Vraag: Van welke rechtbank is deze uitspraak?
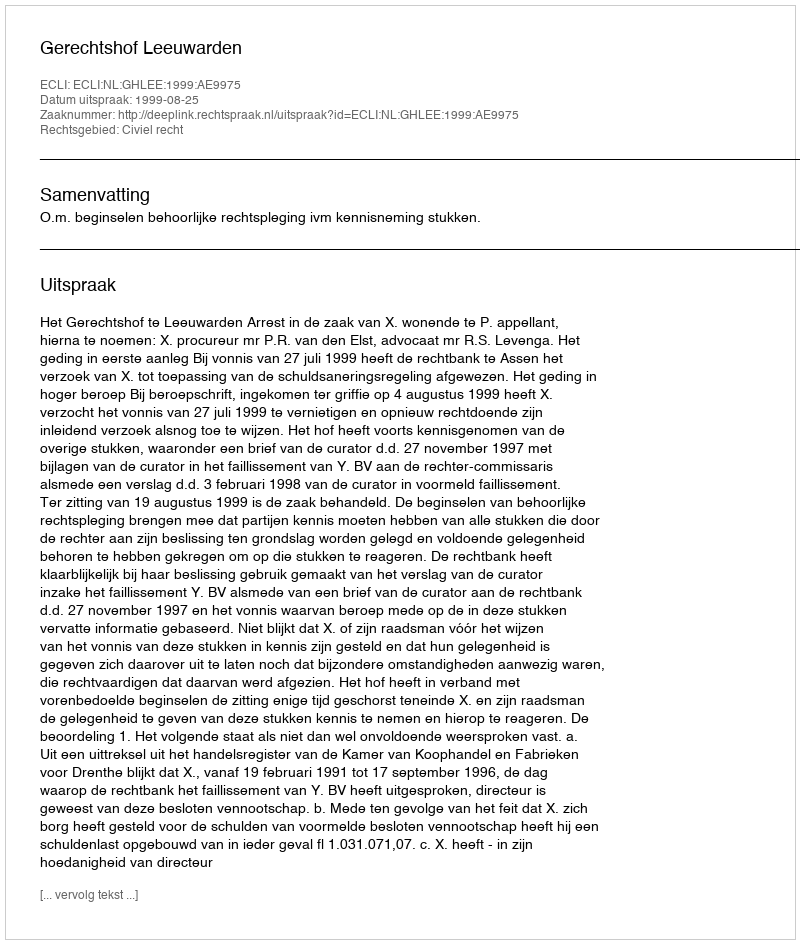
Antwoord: Gerechtshof Leeuwarden